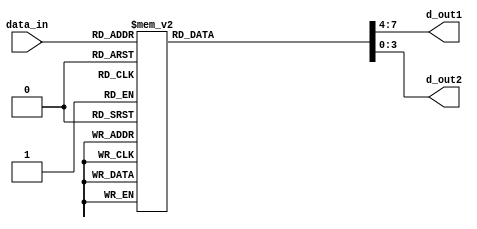
`timescale 1ns / 1ps
module binary_to_decimal(
    input [3:0]data_in,
    output reg [3:0]d_out1, d_out2
    );
    
    always@(*)
    begin
        
        case(data_in)
        4'h0: {d_out1, d_out2} = {4'b0000 ,4'b0000} ;
        4'h1: {d_out1, d_out2}= {4'b0001,4'b0000};
        4'h2: {d_out1,d_out2}= {4'b0010, 4'b0000};
        4'h3: {d_out1,d_out2}= {4'b0011,4'b0000};
        4'h4: {d_out1,d_out2}= {4'b0100,4'b0000};
        4'h5: {d_out1,d_out2}= {4'b0101,4'b0000};
        4'h6: {d_out1,d_out2}= {4'b0110, 4'b0000};
        4'h7: {d_out1,d_out2}= {4'b0111,4'b0000};
        4'h8: {d_out1,d_out2}= {4'b1000,4'b0000};
        4'h9: {d_out1,d_out2}= {4'b1001,4'b0000};
        4'ha: {d_out1,d_out2}= {4'b0000,4'b0001};
        4'hb: {d_out1,d_out2}= {4'b0001,4'b0001};
        4'hc: {d_out1,d_out2}= {4'b0010, 4'b0001};
        4'hd: {d_out1,d_out2}= {4'b0011, 4'b0001};
        4'he: {d_out1,d_out2}= {4'b0100, 4'b0001};
        4'hf: {d_out1,d_out2}= {4'b0101, 4'b0001};
        
        default: {d_out1,d_out2} = {4'h0,4'h0};
        endcase
        
    end
endmodule